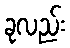
ခုလည်း